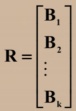
\[\mathbf{R}=\begin{bmatrix}
\mathbf{B}_1\\
\mathbf{B}_2\\
\vdots\\
\mathbf{B}_k
\end{bmatrix}\]